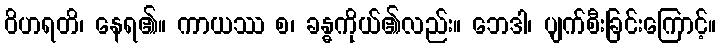
ဝိဟရတိ၊ နေရ၏။ ကာယဿ စ၊ ခန္ဓကိုယ်၏လည်း။ ဘေဒါ၊ ပျက်စီးခြင်းကြောင့်။